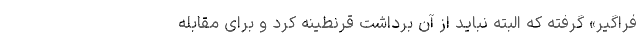
فراگیر» گرفته که البته نباید از آن برداشت قرنطینه کرد و برای مقابله